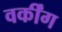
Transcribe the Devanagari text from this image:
वर्कींग